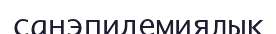
санэпидемиялық